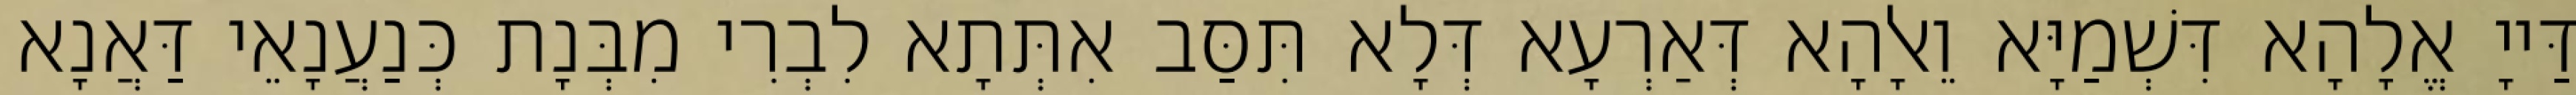
דַּייָ אֱלָהָא דִּשְׁמַיָּא וֵאלָהָא דְּאַרְעָא דְּלָא תִּסַּב אִתְּתָא לִבְרִי מִבְּנָת כְּנַעֲנָאֵי דַּאֲנָא